Civil Veterinary Department Bihar reports 1940-50 - 1940-1950
Year: 1940
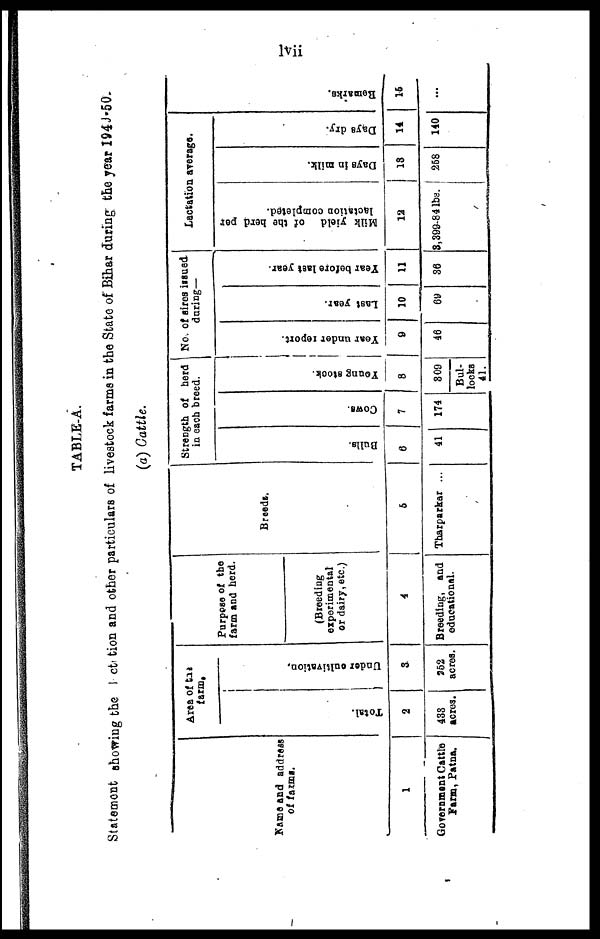
lvii
TABLE-A
Statement showing the lactation and other particulars of livestock farms in the State of Bihar during the year 1949-50.
(a) Cattle.
Name and address
of farms.
1
Government Cattle
Farm, Patna.
Area of the
farm.
Total.
2
433
acres.
Unde r cultivation.
3
962
acres.
Purpose of the
farm and herd.
(Breeding
experimental
or dairy, etc.)
4
Breeding, and
educational.
Breeds.
5
Tharparkar ...
Strength of herd
in each breed.
Bulls.
6
41
Cows.
7
174
Young stock.
8
809
Bul-
locks
41.
No. of sires issued
daring-
Year under report.
9
46
Last year.
10
69
Year before
last year.
11
36
Lactation average.
Milk yield
of the herd per
lactation completed.
12
3,399-84 lbs.
Days in milk.
13
268
Days dry.
14
140
Bona arks.
15
...